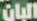
البان